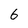
Character: 6